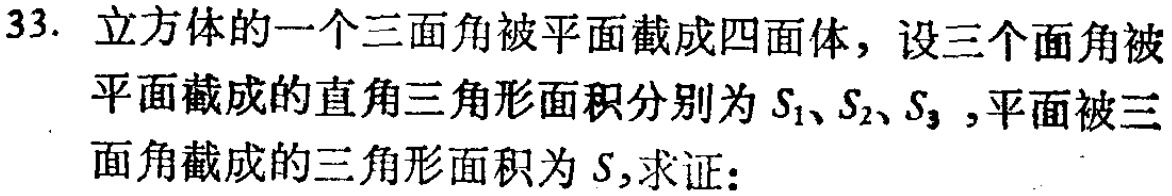
33. 立方体的一个三面角被平面截成四面体，设三个面角被平面截成的直角三角形面积分别为\(S_1、S_2、S_3\) ,平面被三面角截成的三角形面积为\(S\),求证：